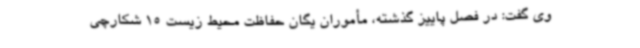
وی گفت: در فصل پاییز گذشته، مأموران یگان حفاظت محیط زیست 15 شکارچی